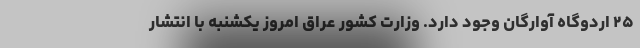
۲۵ اردوگاه آوارگان وجود دارد. وزارت کشور عراق امروز یکشنبه با انتشار